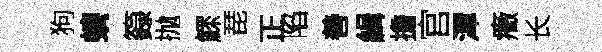
狗螭籙抛鰥琵正陷善緝擔官潭癥长